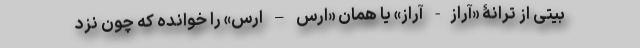
بیتی از ترانۀ «آراز- آراز» یا همان «ارس – ارس» را خوانده که چون نزد